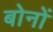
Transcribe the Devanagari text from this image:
बोनों